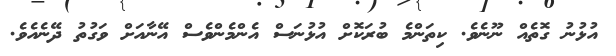
އުޅުނު ގޮތެއް ނޫނެވެ. ކިތަންމެ ބުރަކޮށް އުޅުނަސް އެންމެންވެސް އޭނާއަށް ވަގުތު ދޭނެއެވެ.